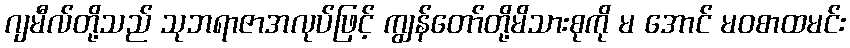
ဂျမီလ်တို့သည် သုဘရာဇာအလုပ်ဖြင့် ကျွန်တော်တို့မိသားစုကို မ အောင် မဝစာထမင်း